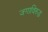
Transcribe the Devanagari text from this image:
जगाविरुद्ध